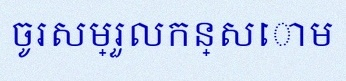
ចូរសម្រួលកន្សោម